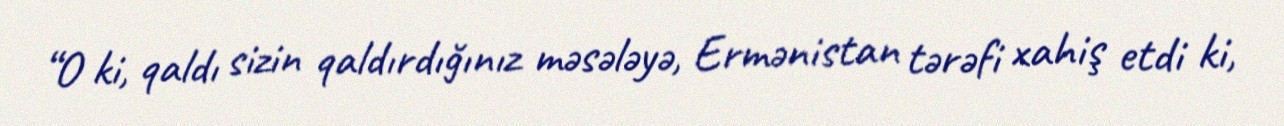
“O ki, qaldı sizin qaldırdığınız məsələyə, Ermənistan tərəfi xahiş etdi ki,